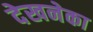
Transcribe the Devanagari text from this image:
देखनेका